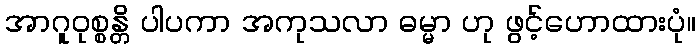
အာဂူဝုစ္စန္တိ ပါပကာ အကုသလာ ဓမ္မာ ဟု ဖွင့်ဟောထားပုံ။